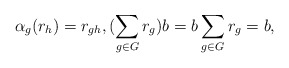
\begin{align*}\alpha_g(r_h)=r_{gh},(\sum_{g\in G}r_g)b=b\sum_{g\in G}r_g=b,\end{align*}